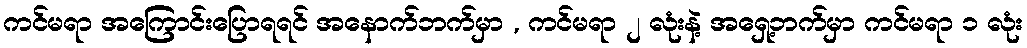
ကင်မရာ အကြောင်းပြောရရင် အနောက်ဘက်မှာ , ကင်မရာ ၂ လုံးနဲ့ အရှေ့ဘက်မှာ ကင်မရာ ၁ လုံး